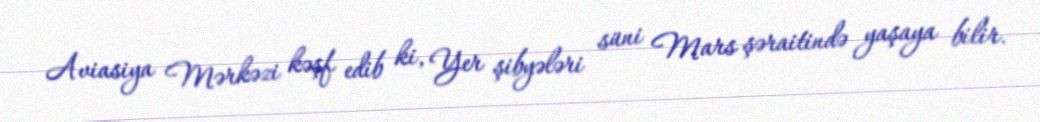
Aviasiya Mərkəzi kəşf edib ki, Yer şibyələri süni Mars şəraitində yaşaya bilir.